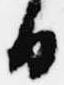
日